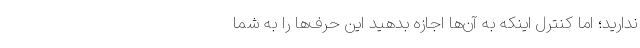
ندارید؛ اما کنترل اینکه به آن‌ها اجازه بدهید این حرف‌ها را به شما